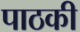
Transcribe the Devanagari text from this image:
पाठकी